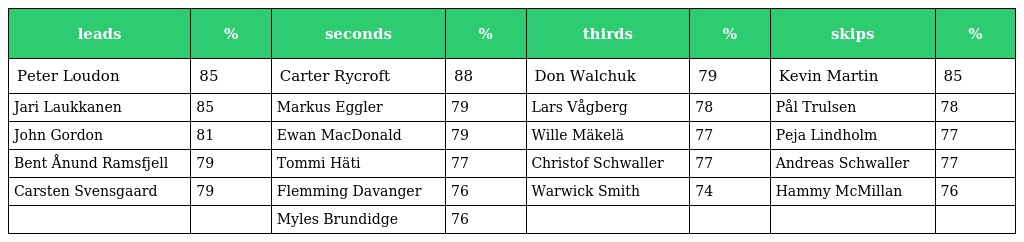
| leads | % | seconds | % | thirds | % | skips | % |
 | --- | --- | --- | --- | --- | --- | --- | --- |
 | Peter Loudon | 85 | Carter Rycroft | 88 | Don Walchuk | 79 | Kevin Martin | 85 |
 | Jari Laukkanen | 85 | Markus Eggler | 79 | Lars Vågberg | 78 | Pål Trulsen | 78 |
 | John Gordon | 81 | Ewan MacDonald | 79 | Wille Mäkelä | 77 | Peja Lindholm | 77 |
 | Bent Ånund Ramsfjell | 79 | Tommi Häti | 77 | Christof Schwaller | 77 | Andreas Schwaller | 77 |
 | Carsten Svensgaard | 79 | Flemming Davanger | 76 | Warwick Smith | 74 | Hammy McMillan | 76 |
 |  |  | Myles Brundidge | 76 |  |  |  |  |